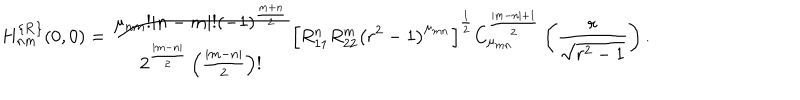
H _ { n m } ^ { \{ { \bf R } \} } ( 0 , 0 ) = \frac { \mu _ { n m } ! | n - m | ! ( - 1 ) ^ { \frac { m + n } 2 } } { 2 ^ { \frac { | m - n | } 2 } \left( \frac { | m - n | } 2 \right) ! } \left[ R _ { 1 1 } ^ { n } R _ { 2 2 } ^ { m } \left( r ^ { 2 } - 1 \right) ^ { \mu _ { m n } } \right] ^ { \frac 1 2 } C _ { \mu _ { m n } } ^ { \frac { | m - n | + 1 } 2 } \left( \frac r { \sqrt { r ^ { 2 } - 1 } } \right) .